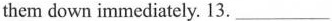
them down immediately. 13. ___